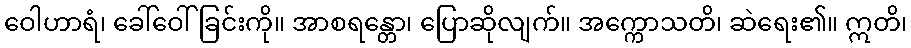
ဝေါဟာရံ၊ ခေါ်ဝေါ်ခြင်းကို။ အာစရန္တော၊ ပြောဆိုလျက်။ အက္ကောသတိ၊ ဆဲရေး၏။ ဣတိ၊